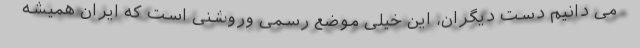
می دانیم دست دیگران، این خیلی موضع رسمی وروشنی است که ایران همیشه